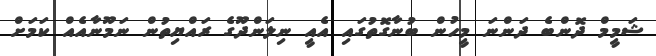
ޝަމީމް ދޮންބެ ދަންނަ މީހުން ބުނާގޮތުގައި އެއީ ނިލަންދޫގެ ރައްޔިތުން ނަމޫނާއެއް ކަމަށް